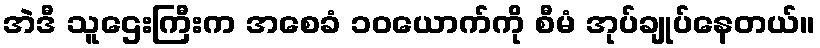
အဲဒီ သူဌေးကြီးက အစေခံ ၁၀ယောက်ကို စီမံ အုပ်ချုပ်နေတယ်။